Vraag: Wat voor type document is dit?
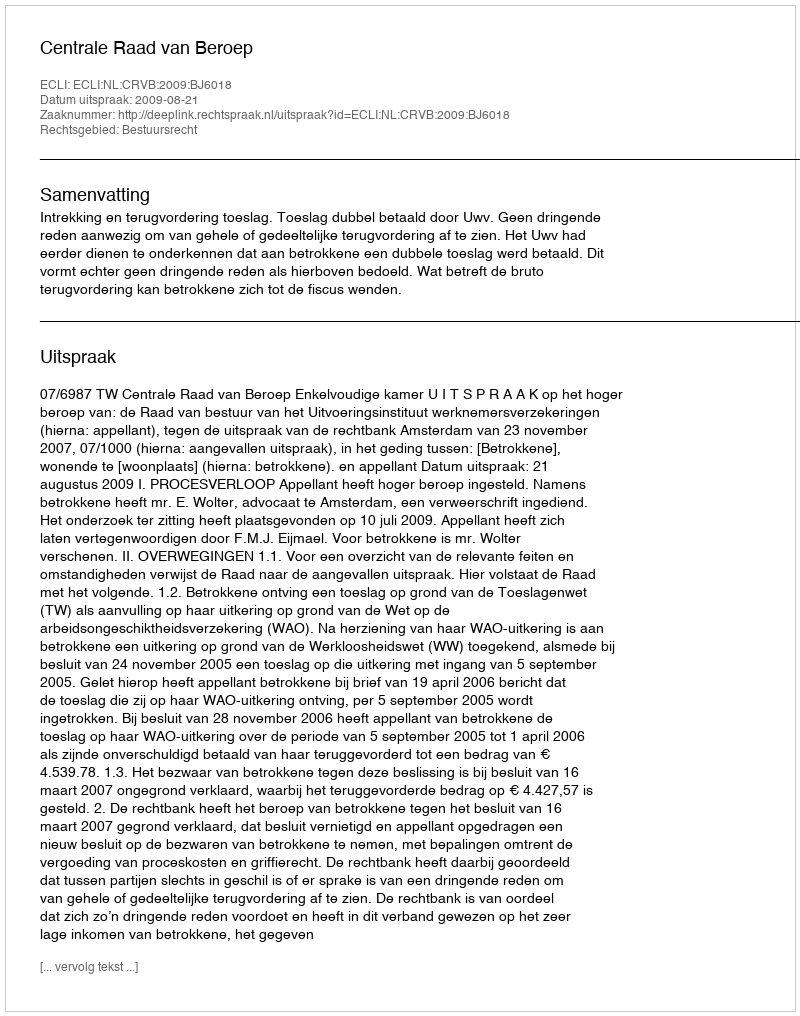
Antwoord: Uitspraak